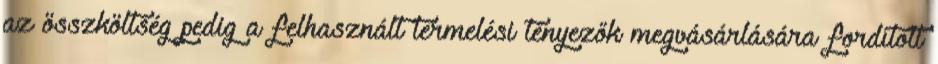
az összköltség pedig a felhasznált termelési tényezők megvásárlására fordított